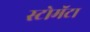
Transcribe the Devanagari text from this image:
स्टोमॅटा